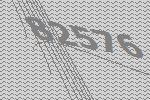
82576